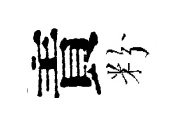
責粉